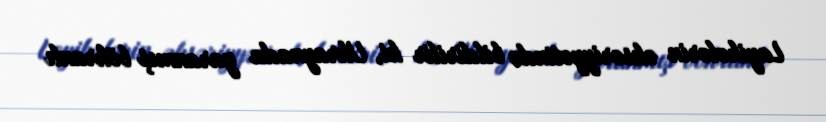
Layihələrin əksəriyyətində bildirilir ki, Ukraynada yaranmış böhranlı